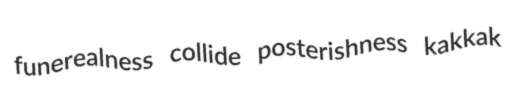
funerealness collide posterishness kakkak